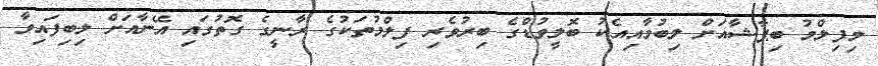
މިފިލްމު ބިޕާޝާއަށް ލިބުމާއިއެކު ބޮލީވުޑްގެ ބިރުވެރި ފިލްމުތަކުގެ ރާނީގެ ގޮތުގައި އޭނާއަށް ލިބިފައިވާ